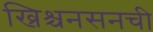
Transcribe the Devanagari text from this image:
ख्रिश्चनसनची